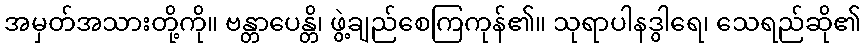
အမှတ်အသားတို့ကို။ ဗန္တာပေန္တိ၊ ဖွဲ့ချည်စေကြကုန်၏။ သုရာပါနဒွါရေ၊ သေရည်ဆို၏